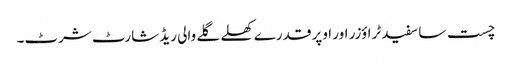
چست سا سفید ٹراؤزر اور اوپر قدرے کھلے گلے والی ریڈ شارٹ شرٹ۔